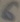
Text: 6